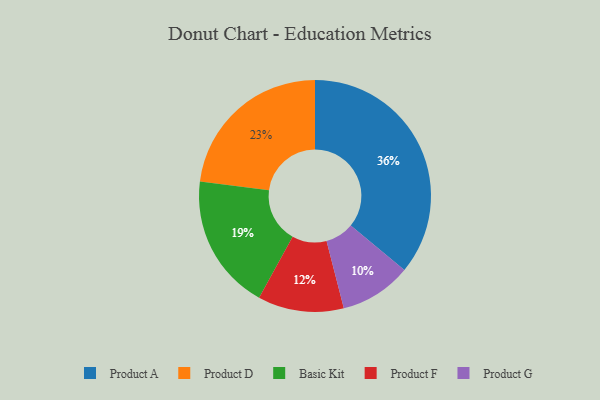
{"axis": {"x": "Category", "y": "Percentage"}, "legend": ["Basic Kit", "Product A", "Product D", "Product F", "Product G"], "data": [{"x": "Product D", "y": 23, "type": "Product D"}, {"x": "Product G", "y": 10, "type": "Product G"}, {"x": "Product F", "y": 12, "type": "Product F"}, {"x": "Basic Kit", "y": 19, "type": "Basic Kit"}, {"x": "Product A", "y": 36, "type": "Product A"}]}